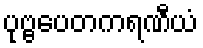
ပုဗ္ဗပေတကရဏီယံ